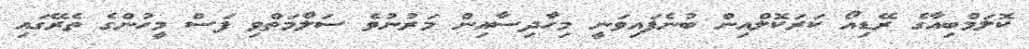
ކޮލަމްބިއާގެ ރޭޑިއޯ ކަރަކޮލްއިން ބުނެފައިވަނީ މިހާދިސާއިން މަރުނުވެ ސަލާމަތްވި ފަސް މީހުންގެ ތެރޭގައި